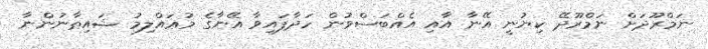
ނަމްރޫދަށް ނަމްރޫދޭ ކިޔުނީ އޭނާ އާއި އެއްބަސްވުން ހަދާފައިވާ އޭނާގެ މުޢައްލިމު ޝައިޠާނުންނާ